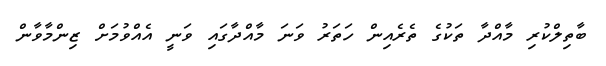
ބާތިލްކުރި މާއްދާ ތަކުގެ ތެރެއިން ހަތަރު ވަނަ މާއްދާގައި ވަނީ އެއްވުމަށް ޒިންމާވާން